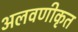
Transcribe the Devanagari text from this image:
अलवणीकृत